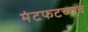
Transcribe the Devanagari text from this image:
मंटफटच्याच